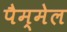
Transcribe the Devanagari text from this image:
पैम्मेल